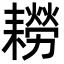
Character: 耮